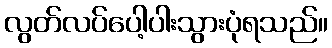
လွတ်လပ်ပေါ့ပါးသွားပုံရသည်။